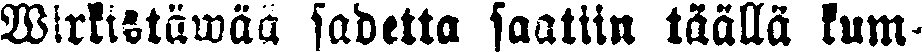
Wirkistäwää sadetta saatiin täällä kum-